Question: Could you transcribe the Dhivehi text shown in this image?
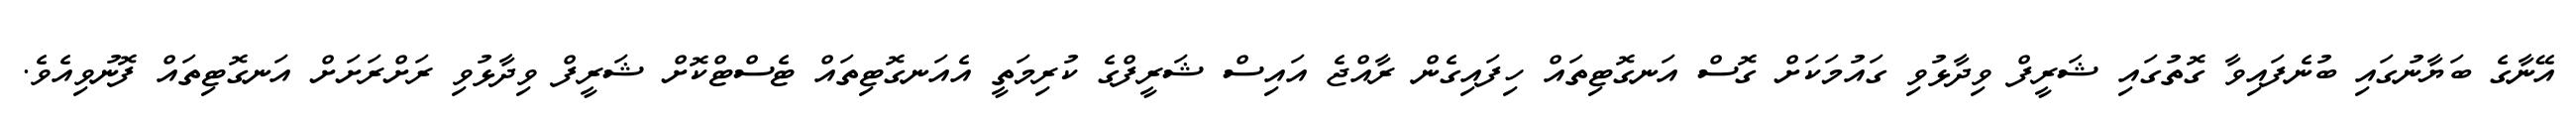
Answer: އޭނާގެ ބަޔާނުގައި ބުނެފައިވާ ގޮތުގައި ޝަރީފް ވިދާޅުވި ގައުމަކަށް ގޮސް އަނގޮޓިތައް ހިފައިގެން ރާއްޖެ އައިސް ޝަރީފްގެ ކުރިމަތީ އެއަނގޮޓިތައް ޓެސްޓްކޮށް ޝަރީފް ވިދާޅުވި ރަށްރަށަށް އަނގޮޓިތައް ފޮނުވިއެވެ.